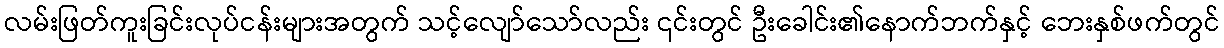
လမ်းဖြတ်ကူးခြင်းလုပ်ငန်းများအတွက် သင့်လျော်သော်လည်း ၎င်းတွင် ဦးခေါင်း၏နောက်ဘက်နှင့် ဘေးနှစ်ဖက်တွင်